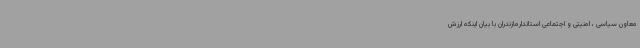
معاون سیاسی ، امنیتی و اجتماعی استاندارمازندران با بیان اینکه ارزش